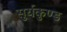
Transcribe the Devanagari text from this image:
सुर्यकुण्ड